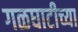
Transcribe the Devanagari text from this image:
गळघाटीच्या